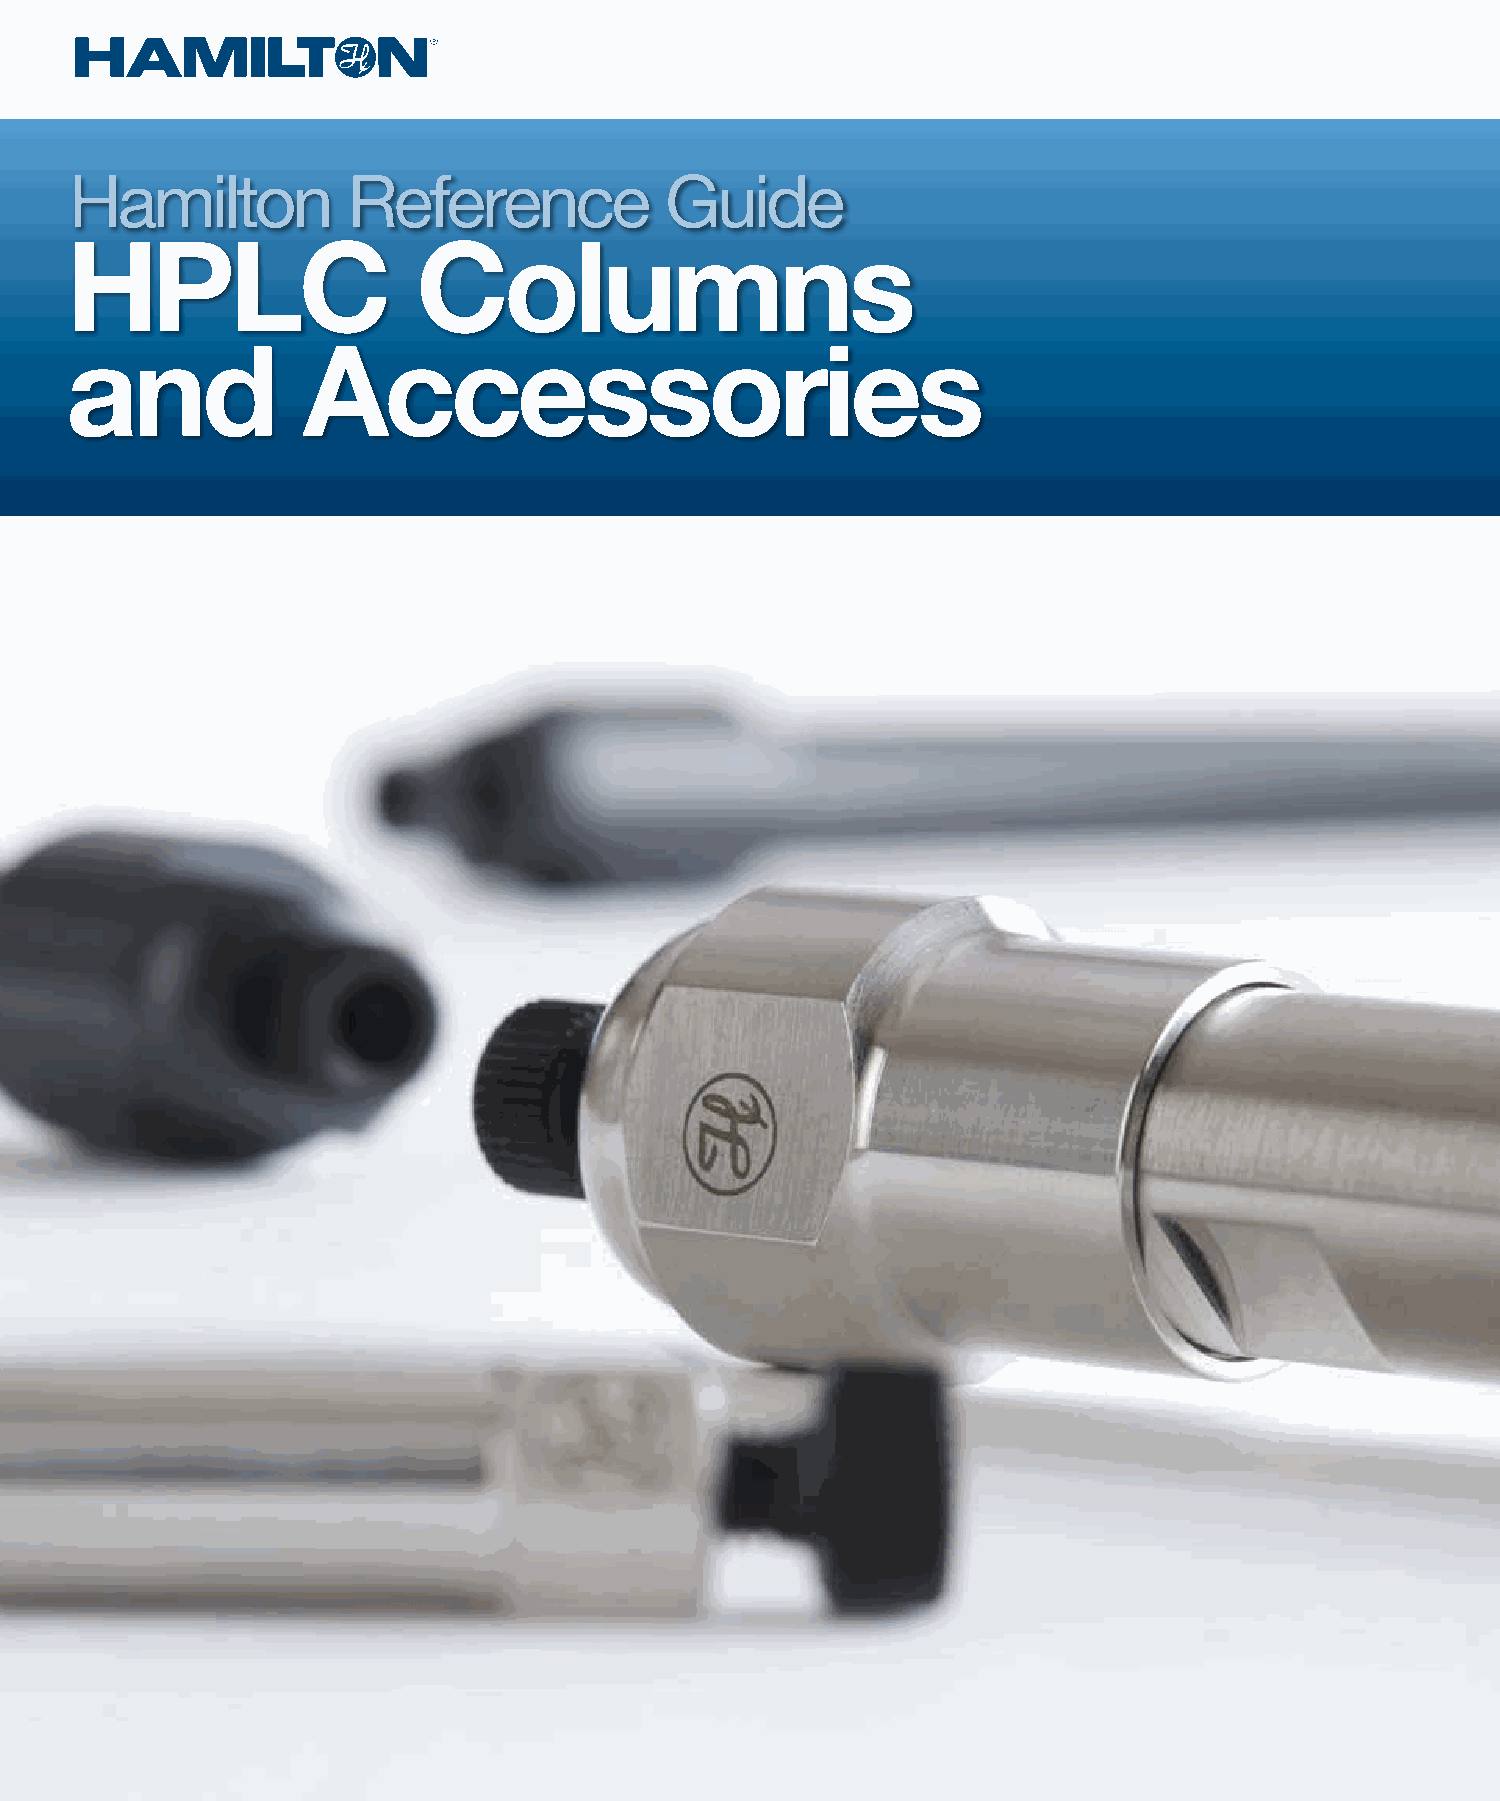
Hamilton          Reference            Guide
 HPLC                    Columns
 and             Accessories